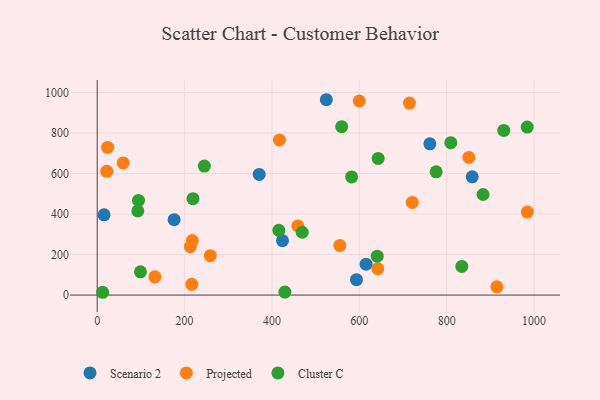
{"axis": {"x": "Engine Size", "y": "Demand"}, "legend": ["Cluster C", "Projected", "Scenario 2"], "data": [{"x": "615.4", "y": 152.6, "type": "Scenario 2"}, {"x": "424.1", "y": 268.6, "type": "Scenario 2"}, {"x": "15.7", "y": 396.1, "type": "Scenario 2"}, {"x": "593.4", "y": 76.0, "type": "Scenario 2"}, {"x": "761.4", "y": 746.5, "type": "Scenario 2"}, {"x": "176.0", "y": 372.1, "type": "Scenario 2"}, {"x": "858.4", "y": 583.5, "type": "Scenario 2"}, {"x": "524.4", "y": 964.2, "type": "Scenario 2"}, {"x": "370.8", "y": 595.3, "type": "Scenario 2"}, {"x": "23.8", "y": 728.9, "type": "Projected"}, {"x": "459.3", "y": 341.3, "type": "Projected"}, {"x": "721.0", "y": 457.5, "type": "Projected"}, {"x": "555.3", "y": 245.0, "type": "Projected"}, {"x": "417.1", "y": 765.4, "type": "Projected"}, {"x": "914.7", "y": 40.7, "type": "Projected"}, {"x": "132.0", "y": 90.3, "type": "Projected"}, {"x": "714.7", "y": 947.8, "type": "Projected"}, {"x": "59.5", "y": 652.3, "type": "Projected"}, {"x": "642.2", "y": 130.1, "type": "Projected"}, {"x": "984.6", "y": 409.8, "type": "Projected"}, {"x": "213.2", "y": 238.9, "type": "Projected"}, {"x": "216.4", "y": 52.9, "type": "Projected"}, {"x": "217.7", "y": 269.0, "type": "Projected"}, {"x": "21.8", "y": 611.0, "type": "Projected"}, {"x": "258.8", "y": 194.4, "type": "Projected"}, {"x": "599.8", "y": 957.8, "type": "Projected"}, {"x": "850.7", "y": 679.4, "type": "Projected"}, {"x": "94.5", "y": 467.2, "type": "Cluster C"}, {"x": "99.0", "y": 114.8, "type": "Cluster C"}, {"x": "429.6", "y": 14.7, "type": "Cluster C"}, {"x": "984.2", "y": 829.1, "type": "Cluster C"}, {"x": "245.1", "y": 636.5, "type": "Cluster C"}, {"x": "469.2", "y": 310.0, "type": "Cluster C"}, {"x": "930.6", "y": 812.7, "type": "Cluster C"}, {"x": "219.2", "y": 476.0, "type": "Cluster C"}, {"x": "643.0", "y": 674.5, "type": "Cluster C"}, {"x": "559.6", "y": 831.1, "type": "Cluster C"}, {"x": "640.9", "y": 191.8, "type": "Cluster C"}, {"x": "415.7", "y": 319.7, "type": "Cluster C"}, {"x": "834.5", "y": 141.4, "type": "Cluster C"}, {"x": "12.4", "y": 13.8, "type": "Cluster C"}, {"x": "582.3", "y": 583.1, "type": "Cluster C"}, {"x": "775.8", "y": 608.5, "type": "Cluster C"}, {"x": "92.9", "y": 415.4, "type": "Cluster C"}, {"x": "809.3", "y": 752.3, "type": "Cluster C"}, {"x": "883.2", "y": 496.3, "type": "Cluster C"}]}